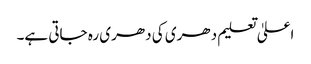
اعلیٰ تعلیم دھری کی دھری رہ جاتی ہے۔